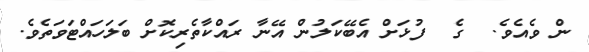
ން ވެއެވެ.  ގެ  ފުޅަށް އެބޭކަލުން އޭނާ ރައްކާތެރިކޮށް ބަލަހައްޓަވަތެވެ.